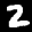
Digit: 2